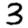
Digit: 3